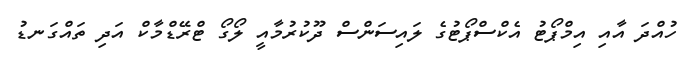
ހުއްދަ އާއި އިމްޕޯޓު އެކްސްޕޯޓުގެ ލައިސަންސް ދޫކުރުމާއީ ލޯގޯ ޓްރޭޑްމާކް އަދި ތައްގަނޑު